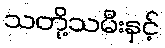
သတို့သမီးနှင့်